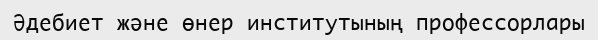
Әдебиет және өнер институтының профессорлары